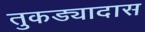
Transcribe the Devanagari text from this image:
तुकड्यादास